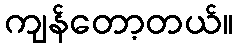
ကျန်တော့တယ်။